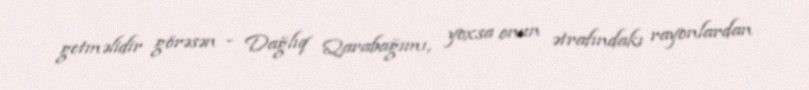
getməlidir görəsən - Dağlıq Qarabağımı, yoxsa onun ətrafındakı rayonlardan